Report of the Bombay Plague Committee
Disease focus: Plague
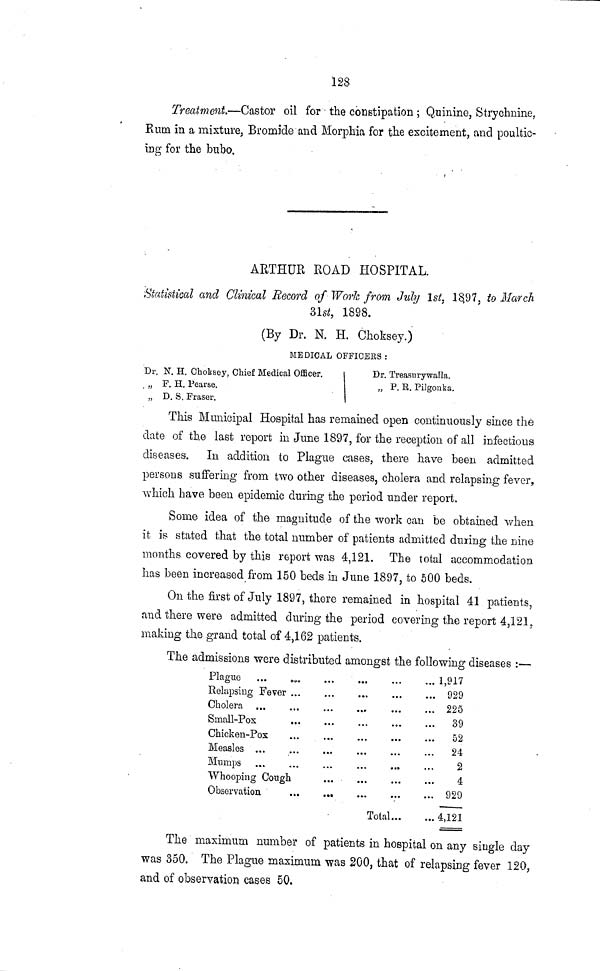
128
Treatment.—Castor oil for the constipation ; Quinine, Strychnine,
Rum in a mixture, Bromide and Morphia for the excitement, and poultic-
ing for the bubo.
ARTHUR ROAD HOSPITAL.
Statistical and Clinical Record of Work from July 1st, 1897, to March
31st, 1898.
(By Dr. N. H. Choksey.)
MEDICAL OFFICERS :
Dr. N. H. Choksey, Chief Medical Officer.
„ F. H. Pearse.
„ D. S. Fräser.
Dr. Treasury walla.
„ P. B. Pilgonka.
This Municipal Hospital has remained open continuously since the
date of the last report in June 1897, for the reception of all infectious
diseases. In addition to Plague cases, there have been admitted
persons suffering from two other diseases, cholera and relapsing fever,
which have been epidemic during the period under report.
Some idea of the magnitude of the work can be obtained when
it is stated that the total number of patients admitted during the nine
months covered by this report was 4,121. The total accommodation
has been increased from 150 beds in June 1897, to 500 beds.
On the first of July 1897, there remained in hospital 41 patients,
and there were admitted during the period covering the report 4,121,
making the grand total of 4,162 patients.
The admissions were distributed amongst the following diseases :—
Plague
Relapsing Fever ...
Cholera ...
Small-Pox
Chicken-Pox
Measles ...
Mumps
Whooping Cough
Observation
Total...
... 1,917
... 929
... 225
... 39
... 52
... 24
... 2
... 4
... 929
... 4,121
The maximum number of patients in hospital on any single day
was 350. The Plague maximum was 200, that of relapsing fever 120,
and of observation cases 50.